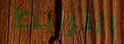
الترابط